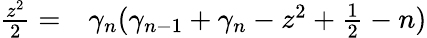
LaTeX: \begin{array}{rl}{\frac{z^{2}}{2}=}&{{}\gamma_{n}(\gamma_{n-1}+\gamma_{n}-z^{2}+\frac{1}{2}-n)}\end{array}